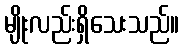
မျိုးလည်းရှိသေးသည်။